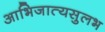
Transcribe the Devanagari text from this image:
आभिजात्यसुलभ